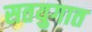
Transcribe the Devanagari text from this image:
सतयुगात